Annual statistical returns and brief notes on vaccination in Bengal - 1896-1909
Year: 1896
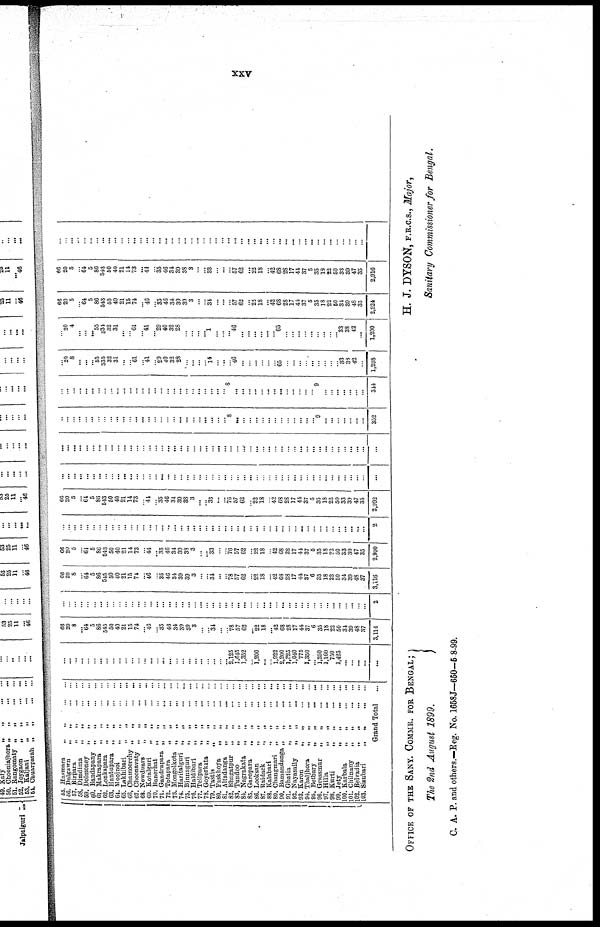
xxv
55. Hasmara „ „ ... ...
56. Dalgawn
„
„ ... ...
57. Birpara „ „ ... ...
58. Dimdima
„
„ ... ...
59. Dolmoney „ „ ... ...
60. Bandapany „
„
...
...
61. Makrupara „
„ ... ...
62. Lonkapara
„
„ ... ...
63. Hantupara „
„ ... ...
64. Moojnoi „ „ ... ...
65. Lakhibari
„
„ ... ...
66. Chainoorchy „
„
...
...
67. Choonavaty „
„
...
...
68. Newduars
„
„ ... ...
69. Kotalguri
„ „ ... ...
70. Banerhat „ „ ... ...
71. Gandrapara „ „ ... ...
72. Totapara „ „ ... ...
73. Mongolkota „ „ ... ...
74. Haritalguri „
„ ... ...
75. Binnnguri „ „ ... ...
76. Haldibari
„
„ ... ...
77. Telipara
„
„ ... ...
78. Goyerkata
„
„ ... ...
79. Tastis „ „ ... ...
80. Faskhoya
„
„ ... ...
81. Altadanga
„
„ ... ...
82. Bhagatpur
„
„ ... ...
83. Tundoo
„
„ ... ...
84. Nagrakata
„
„
...
...
85. Garopara
„
„
...
...
86. Looksan
„
„
...
...
87. Raidack
„
„
...
...
88. Kalahari
„
„
...
...
89. Changmari „
„
...
...
90. Bamandanga „
„
...
...
91. Ghatia
„
„
...
...
92. Nayasaily
„
„ ... ...
93. Karon
„
„
...
...
94. Thaljhora
„
„
...
...
95. Betbary
„
„
...
...
96. Grassmur
„
„
...
...
97. Hilla
„
„
...
...
98. Kurti
„
„
...
...
99. Jety
„
„
...
...
100. Karbala
„ „
...
...
101. Chilniiny
„
„
...
...
102. Belvadia
„
„
...
...
103. Sisubari
„
„
...
...
Grand Total ...
...
...
...
...
...
...
...
...
...
...
...
...
...
...
...
...
...
...
...
...
...
...
...
...
...
...
... 2,125
1,645
1,352
...
1,200
...
...
1,922
2,200
1,325
1,040
775
1,350
... 1,250
1,160
750
1,425
...
...
...
...
...
66
20
8
...
64
5
86
545
50
40
21
15
74
...
46
...
35
46
34
39
30
3
...
...
31
...
...
78
57
62
...
22
18
...
42
68
28
17
44
37
6
35
18
22
50
34
39
48
37
3,114
...
...
...
...
...
...
...
...
...
...
...
...
...
...
...
...
...
...
...
...
...
...
...
...
...
...
...
...
...
...
...
...
...
...
...
...
...
...
...
...
...
...
...
...
...
...
...
...
...
2
66
20
8
...
64
5
86
545
50
40
21
15
74
...
46
...
35
46
34
39
39
3
...
...
34
...
...
78
57
62
...
22
18
...
42
63
28
17
44
37
6
35
18
22
50
34
39
48
37
3,116
66
20
5
...
64
5
86
543
50
40
21
14
73
...
44
...
35
46
34
39
38
3
...
...
33
...
...
76
57
62
...
22
18
...
42
68
28
17
44
37
5
35
18
22
50
33
39
47
35
2,990
...
...
...
...
...
...
...
...
...
...
...
...
...
...
...
...
...
...
...
...
...
...
...
...
...
...
...
...
...
...
...
...
...
...
...
...
...
...
...
...
...
...
...
...
...
...
...
...
...
2
66
20
5
...
64
5
86
543
50
40
21
14
73
...
41
...
35
46
34
39
38
3
...
...
33
...
...
76
57
62
...
22
18
...
42
68
28
17
44
37
5
35
18
22
50
33
39
47
35
2,992
...
...
...
...
...
...
...
...
...
...
...
...
...
...
...
...
...
...
...
...
...
...
...
...
...
...
...
...
...
...
...
...
...
...
...
...
...
...
...
...
...
...
...
...
...
...
...
...
...
...
...
...
...
...
... ...
...
...
...
...
...
...
...
...
...
...
...
...
...
...
...
...
...
...
...
...
...
...
...
...
...
...
...
...
...
...
...
...
...
...
...
...
...
...
...
...
...
...
...
...
...
...
...
...
...
...
...
...
...
...
...
...
...
... ...
...
...
...
...
...
...
...
...
...
...
...
...
8
...
...
...
...
...
...
...
...
...
...
... ...
...
9
...
...
...
...
...
...
...
332
...
...
...
...
...
...
...
...
...
...
...
...
...
...
...
...
...
...
...
...
...
...
...
...
...
...
... 8
...
...
...
...
...
... ...
...
...
...
...
...
... 9
...
...
...
...
...
...
...
344
...
20
8
...
...
...
55
535
32
31
...
...
61
...
41
...
29
40
32
28
...
...
...
... 14
...
...
...
46
...
...
...
...
...
...
65
...
...
...
...
...
...
...
...
...
33
38
42
...
1,298
...
20
4
...
...
...
55
534
32
31
...
...
61
...
41
... 29
40
32
28
...
...
...
... 1
...
... ...
46
...
...
...
...
...
... 65
...
...
...
...
...
...
...
...
... 33
38
42
...
1,290
66
20
5
...
64
5
86
543
50
40
21
15
74
...
46
...
35
46
34
39
39
3
...
...
34
...
...
...
57
62
...
22
18
...
42
68
28
17
44
37
5
35
18
22
50
34
39
48
35
2,924
66
20
5
...
64
5
86
543
50
40
21
14
73
... 41
...
35
46
34
39
38
3
...
...
33
...
...
...
57
62
...
22
18
...
42
68
28
17
44
37
5
35
18
22
50
33
39
47
35
2,916
...
...
...
...
...
...
...
...
...
...
...
...
...
...
...
...
...
...
...
...
...
...
...
...
...
...
...
...
...
...
...
...
...
...
...
...
...
...
...
...
...
...
...
...
...
...
...
...
...
OFFICE OF THE SANY. COMMR. FOR BENGAL;
The 2nd August 1899.
H. J. DYSON, F.R.C.S., Major,
Sanitary Commissioner for Bengal.
C. A. P. and others.—Reg. No. 1658J—650—5-8-99.